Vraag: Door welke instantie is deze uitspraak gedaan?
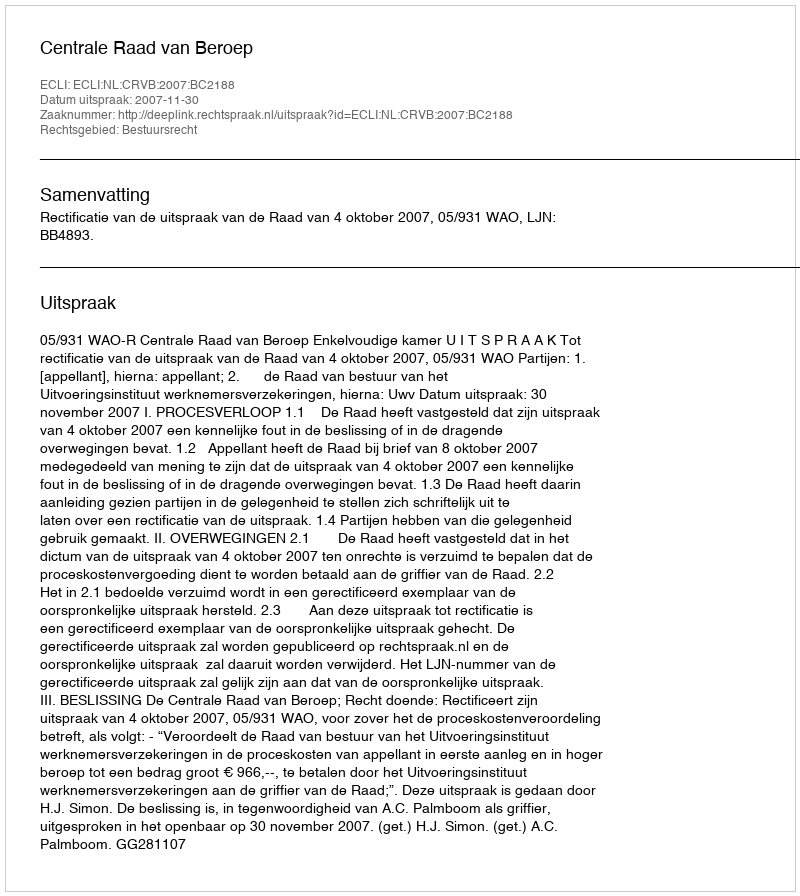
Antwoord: Centrale Raad van Beroep